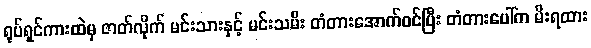
ရုပ်ရှင်ကားထဲမှ ဇာတ်လိုက် မင်းသားနှင့် မင်းသမီး တံတားအောက်ဝင်ပြီး တံတားပေါ်က မီးရထား